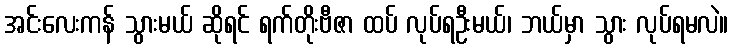
အင်းလေးကန် သွားမယ် ဆိုရင် ရက်တိုးဗီဇာ ထပ် လုပ်ရဦးမယ်၊ ဘယ်မှာ သွား လုပ်ရမလဲ။